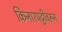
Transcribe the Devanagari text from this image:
किनारपट्टीवरून